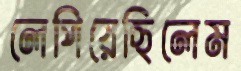
লেপিয়েছিলেম